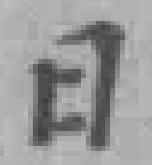
日